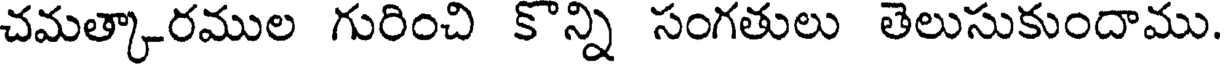
చమత్కారముల గురించి కొన్ని సంగతులు తెలుసుకుందాము